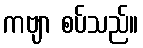
ကဗျာ စပ်သည်။